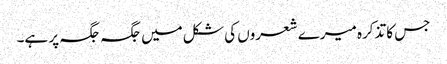
جس کا تذکرہ میرے شعروں کی شکل میں جگہ جگہ پر ہے۔